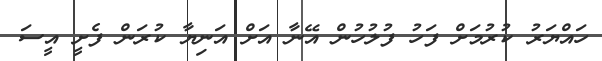
ހައްޔަރު ކުރުމަށް ފަހު ފުލުހުން އޭނާ އަށް އަނިޔާ ކުރަން ފެށީ އީސަ